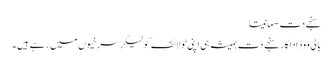
سنجے دت-مانیتا
بالی ووڈ اداکار سنجے دت ہمیشہ ہی اپنی لولائف کولیکر سرخیوں میں رہے ہیں۔